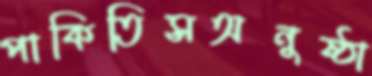
পাকিতিসঅনুষ্ঠা